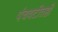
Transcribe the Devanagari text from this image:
पंचवटीतही